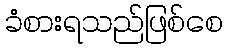
ခံစားရသည်ဖြစ်စေ